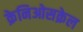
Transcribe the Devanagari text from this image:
क्रेनिओसक्रेल